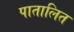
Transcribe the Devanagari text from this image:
पातालित